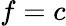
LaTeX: f=c